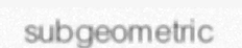
subgeometric